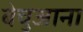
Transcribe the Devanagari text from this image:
बेचुआना